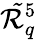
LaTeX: \mathcal{\tilde{R}}_{q}^{5}